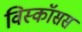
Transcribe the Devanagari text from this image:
विस्कॉसस